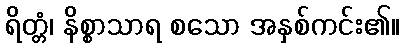
ရိတ္တံ၊ နိစ္စာသာရ စသော အနှစ်ကင်း၏။